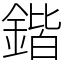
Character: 鍇